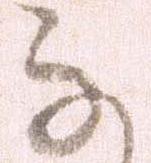
な